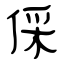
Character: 倸